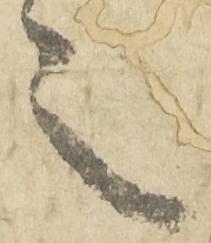
令